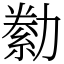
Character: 勬